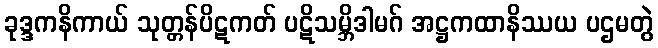
ခုဒ္ဒကနိကာယ် သုတ္တန်ပိဋကတ် ပဋိသမ္ဘိဒါမဂ် အဋ္ဌကထာနိဿယ ပဌမတွဲ